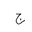
Letter: _gim